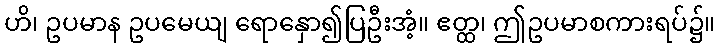
ဟိ၊ ဥပမာန ဥပမေယျ ရောနှော၍ပြဦးအံ့။ ဧတ္ထ၊ ဤဥပမာစကားရပ်၌။